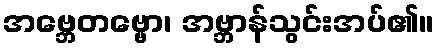
အဗ္ဘေတဗ္ဗော၊ အဗ္ဘာန်သွင်းအပ်၏။